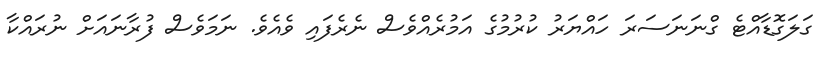
ގަލަގޮޑާއްޓެ ގްނަނަސަރަ ހައްޔަރު ކުރުމުގެ އަމުރެއްވެސް ނެރެފައި ވެއެވެ. ނަމަވެސް ފުރާނައަށް ނުރައްކާ